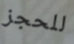
للحجز